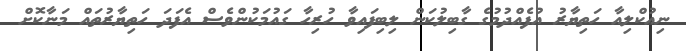
ނިއުކްލިއާ ހަތިޔާރު އުފެއްދުމުގެ ގާބިލުކަން ލިބިފައިވާ ހުރިހާ ގައުމަކުންވެސް އެފަދަ ހަތިޔާރުތައް މަނާކޮށް